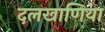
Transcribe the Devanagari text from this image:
दलखाणिया